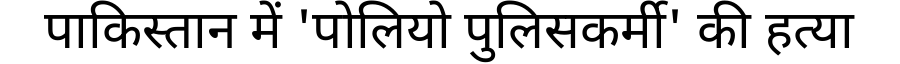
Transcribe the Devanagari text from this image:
पाकिस्तान में 'पोलियो पुलिसकर्मी' की हत्या